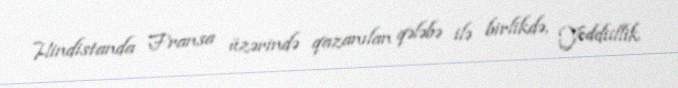
Hindistanda Fransa üzərində qazanılan qələbə ilə birlikdə, Yeddiillik